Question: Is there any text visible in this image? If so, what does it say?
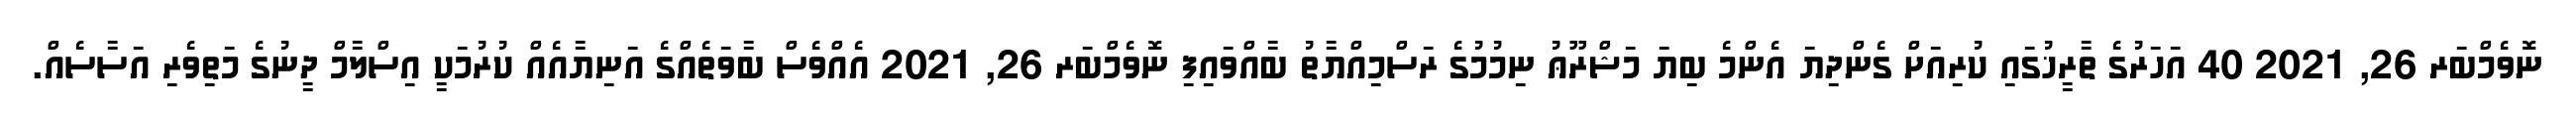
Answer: ނޮވެމްބަރ 26, 2021 40 އަހަރުގެ ތާރީޚުގައި ކުރިއަށް ގެންދިޔަ އެންމެ ބިޔަ މަޝްރޫޢު ނިމުމުގެ ރަސްމިއްޔާތު ބާއްވައިފި ނޮވެމްބަރ 26, 2021 އެއްވެސް ބާވަތެއްގެ އަނިޔާއެއް ކުރުމަކީ އިސްލާމް ދީނުގެ މަތިވެރި އަސާސެއް.